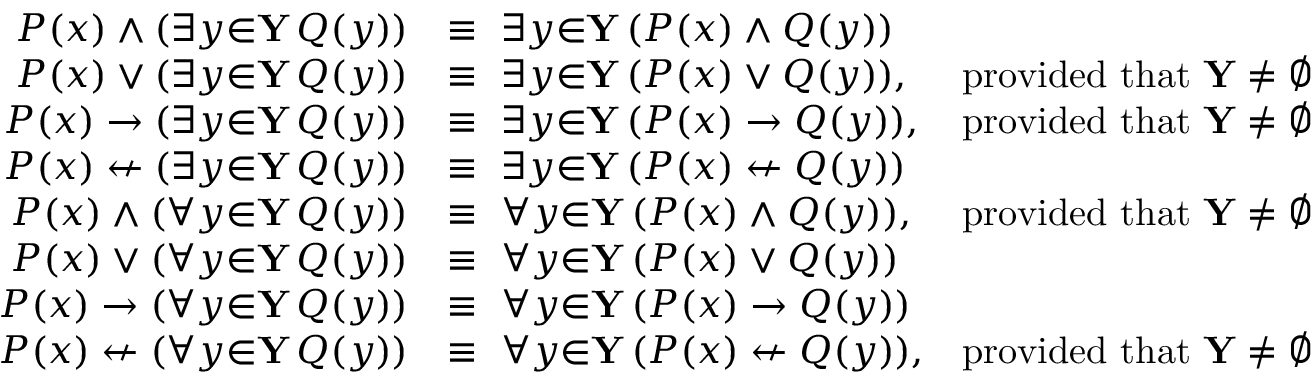
{ \begin{array} { r l r } { P ( x ) \land ( \exists { y } { \in } \mathbf { Y } \, Q ( y ) ) } & { \equiv \ \exists { y } { \in } \mathbf { Y } \, ( P ( x ) \land Q ( y ) ) } \\ { P ( x ) \lor ( \exists { y } { \in } \mathbf { Y } \, Q ( y ) ) } & { \equiv \ \exists { y } { \in } \mathbf { Y } \, ( P ( x ) \lor Q ( y ) ) , } & { { \mathrm { p r o v i d e d ~ t h a t ~ } } \mathbf { Y } \neq \emptyset } \\ { P ( x ) \to ( \exists { y } { \in } \mathbf { Y } \, Q ( y ) ) } & { \equiv \ \exists { y } { \in } \mathbf { Y } \, ( P ( x ) \to Q ( y ) ) , } & { { \mathrm { p r o v i d e d ~ t h a t ~ } } \mathbf { Y } \neq \emptyset } \\ { P ( x ) \nleftarrow ( \exists { y } { \in } \mathbf { Y } \, Q ( y ) ) } & { \equiv \ \exists { y } { \in } \mathbf { Y } \, ( P ( x ) \nleftarrow Q ( y ) ) } \\ { P ( x ) \land ( \forall { y } { \in } \mathbf { Y } \, Q ( y ) ) } & { \equiv \ \forall { y } { \in } \mathbf { Y } \, ( P ( x ) \land Q ( y ) ) , } & { { \mathrm { p r o v i d e d ~ t h a t ~ } } \mathbf { Y } \neq \emptyset } \\ { P ( x ) \lor ( \forall { y } { \in } \mathbf { Y } \, Q ( y ) ) } & { \equiv \ \forall { y } { \in } \mathbf { Y } \, ( P ( x ) \lor Q ( y ) ) } \\ { P ( x ) \to ( \forall { y } { \in } \mathbf { Y } \, Q ( y ) ) } & { \equiv \ \forall { y } { \in } \mathbf { Y } \, ( P ( x ) \to Q ( y ) ) } \\ { P ( x ) \nleftarrow ( \forall { y } { \in } \mathbf { Y } \, Q ( y ) ) } & { \equiv \ \forall { y } { \in } \mathbf { Y } \, ( P ( x ) \nleftarrow Q ( y ) ) , } & { { \mathrm { p r o v i d e d ~ t h a t ~ } } \mathbf { Y } \neq \emptyset } \end{array} }